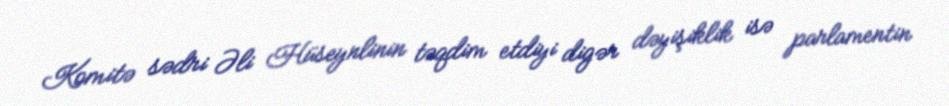
Komitə sədri Əli Hüseynlinin təqdim etdiyi digər dəyişiklik isə parlamentin